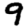
Digit: 9